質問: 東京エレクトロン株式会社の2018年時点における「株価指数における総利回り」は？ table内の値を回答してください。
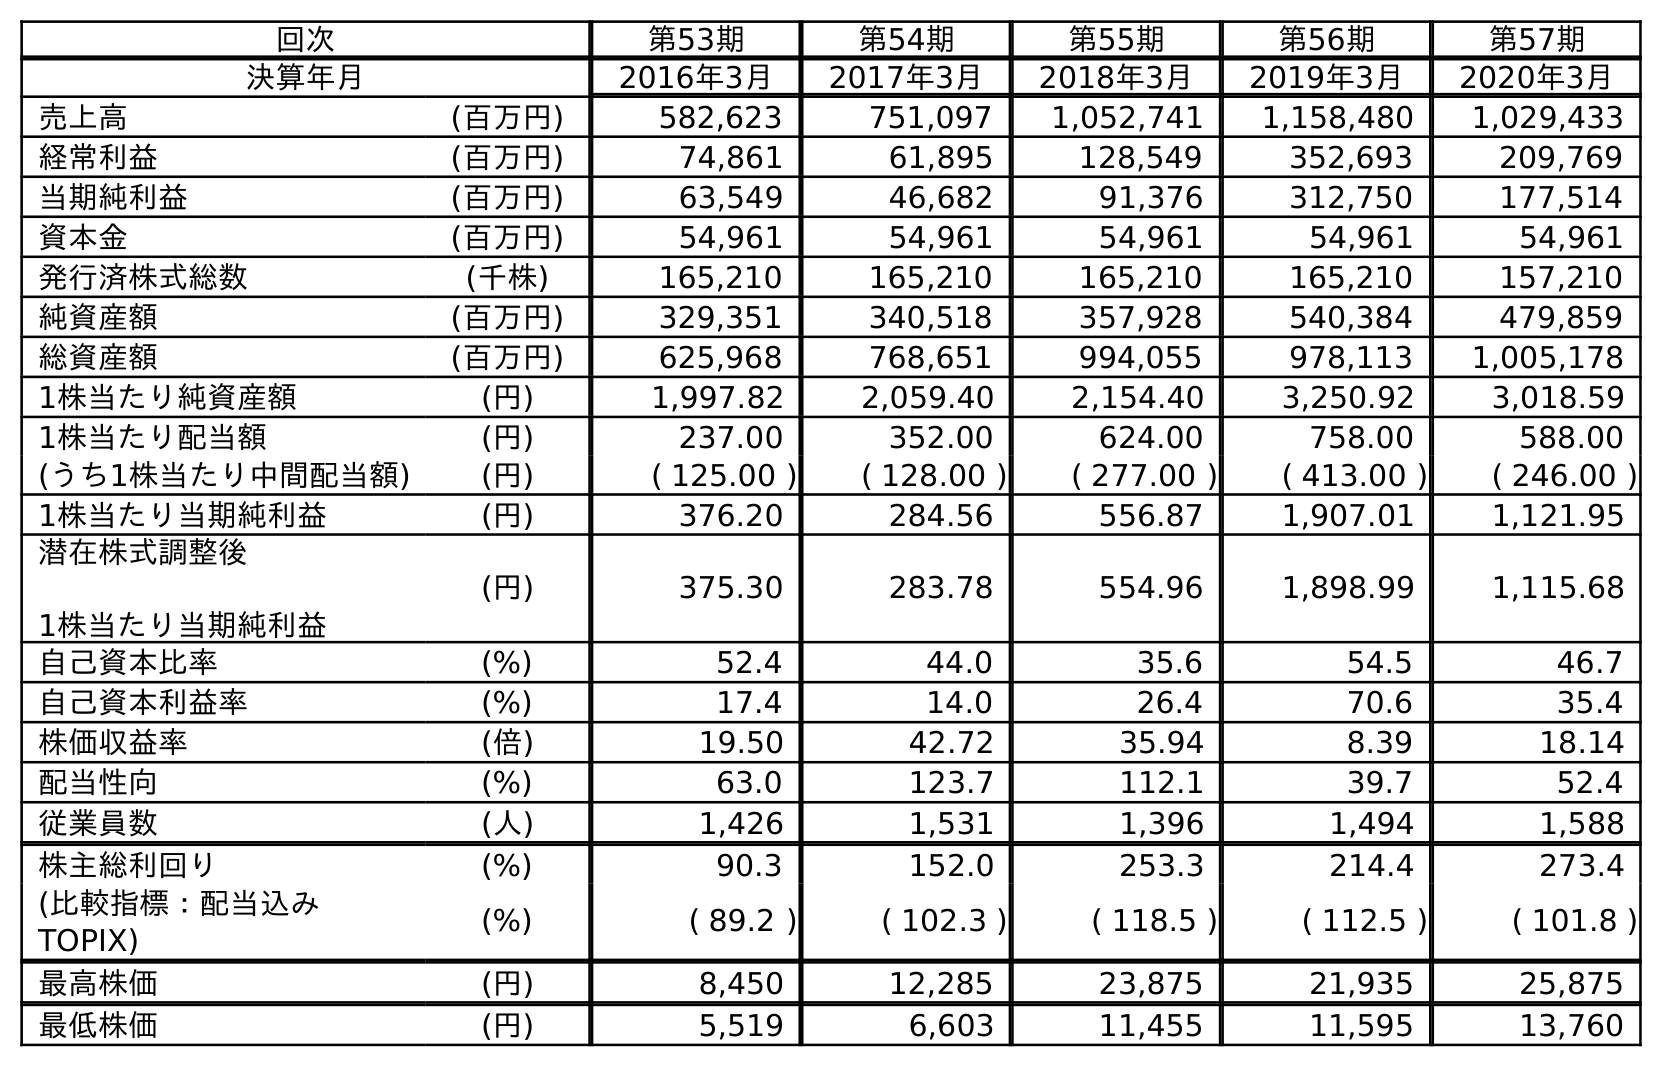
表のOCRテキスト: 回次 第53期 第54期 第55期 第56期 第57期 決算年月 2016年3月 2017年3月 2018年3月 2019年3月 2020年3月 売上高 (百万円) 582,623 751,097 1,052,741 1,158,480 1,029,433 経常利益 (百万円) 74,861 61,895 128,549 352,693 209,769 当期純利益 (百万円) 63,549 46,682 91,376 312,750 177,514 資本金 (百万円) 54,961 54,961 54,961 54,961 54,961 発行済株式総数 (千株) 165,210 165,210 165,210 165,210 157,210 純資産額 (百万円) 329,351 340,518 357,928 540,384 479,859 総資産額 (百万円) 625,968 768,651 994,055 978,113 1,005,178 1株当たり純資産額 (円) 1,997.82 2,059.40 2,154.40 3,250.92 3,018.59 1株当たり配当額 (円) 237.00 352.00 624.00 758.00 588.00 (うち1株当たり中間配当額) (円) ( 125.00 ) ( 128.00 ) ( 277.00 ) ( 413.00 ) ( 246.00 ) 1株当たり当期純利益 (円) 376.20 284.56 556.87 1,907.01 1,121.95 潜在株式調整後 1株当たり当期純利益 (円) 375.30 283.78 554.96 1,898.99 1,115.68 自己資本比率 (%) 52.4 44.0 35.6 54.5 46.7 自己資本利益率 (%) 17.4 14.0 26.4 70.6 35.4 株価収益率 (倍) 19.50 42.72 35.94 8.39 18.14 配当性向 (%) 63.0 123.7 112.1 39.7 52.4 従業員数 (人) 1,426 1,531 1,396 1,494 1,588 株主総利回り (%) 90.3 152.0 253.3 214.4 273.4 (比較指標：配当込み TOPIX) (%) ( 89.2 ) ( 102.3 ) ( 118.5 ) ( 112.5 ) ( 101.8 ) 最高株価 (円) 8,450 12,285 23,875 21,935 25,875 最低株価 (円) 5,519 6,603 11,455 11,595 13,760
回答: (118.5)